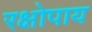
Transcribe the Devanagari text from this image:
रक्षोपाय